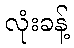
လုံးခန့်